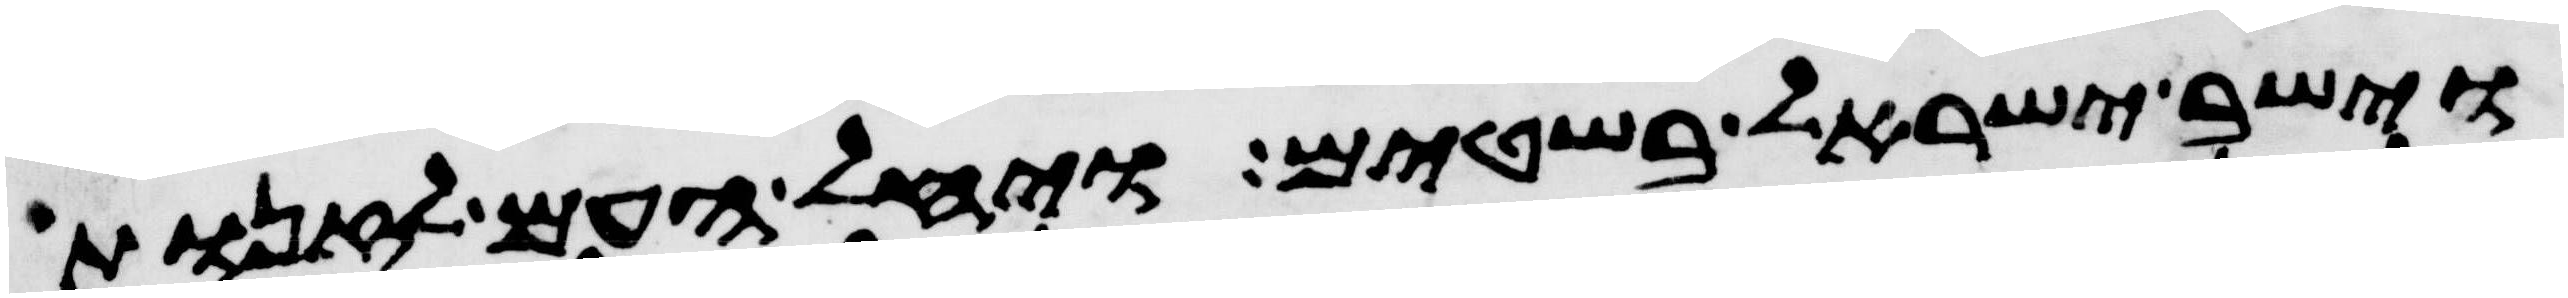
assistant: וישב ישראל בשטים ויחל העם לזנות